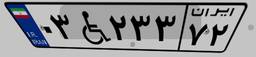
۲۰W۴۵۶۲۴